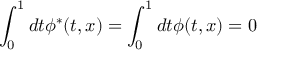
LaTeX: \int _ { 0 } ^ { 1 } d t \phi ^ { * } ( t , x ) = \int _ { 0 } ^ { 1 } d t \phi ( t , x ) = 0